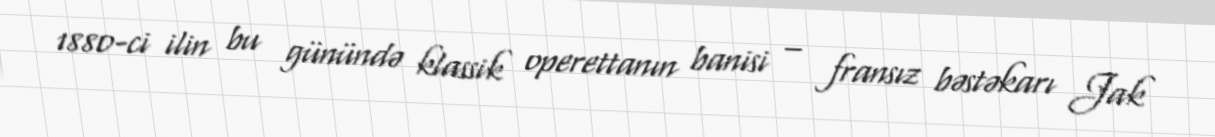
1880-ci ilin bu günündə klassik operettanın banisi – fransız bəstəkarı Jak